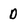
Character: D